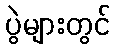
ပွဲများတွင်